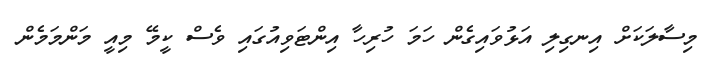
މިސާލަކަށް އިނގިލި އަޅުވައިގެން ހަމަ ހުރިހާ އިންޓަވިއުގައި ވެސް ކީމޭ މިއީ މަންމަމެން